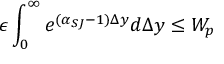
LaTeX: \epsilon \int _ { 0 } ^ { \infty } e ^ { ( \alpha _ { S J } - 1 ) \Delta y } d \Delta y \leq W _ { p }